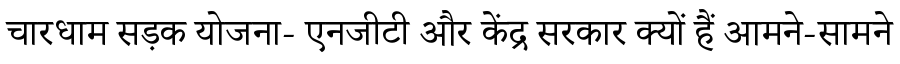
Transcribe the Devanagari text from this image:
चारधाम सड़क योजना- एनजीटी और केंद्र सरकार क्यों हैं आमने-सामने